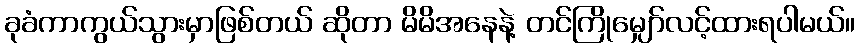
ခုခံကာကွယ်သွားမှာဖြစ်တယ် ဆိုတာ မိမိအနေနဲ့ တင်ကြိုမျှော်လင့်ထားရပါမယ်။